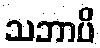
သဘာပိ